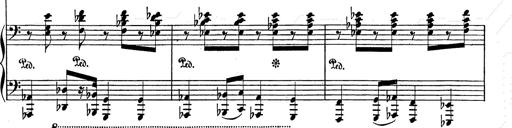
Title: Festvorspiel
Composer: Franz Liszt